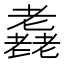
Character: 𦓈